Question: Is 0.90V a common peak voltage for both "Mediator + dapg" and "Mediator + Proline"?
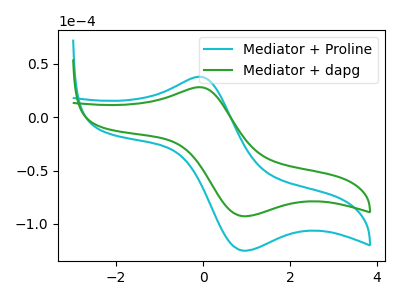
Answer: <think>The cyan curve "Mediator + Proline" has an anodic peak at (-0.10V, 37.80uA) and a cathodic peak at (0.90V, -125.00uA). The green curve "Mediator + dapg" has an anodic peak at (-0.10V, 28.05uA) and a cathodic peak at (0.90V, -92.75uA).</think>
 <answer>Yes, "Mediator + dapg" and "Mediator + Proline" share a peak at 0.90V.</answer>
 <eval>match</eval>